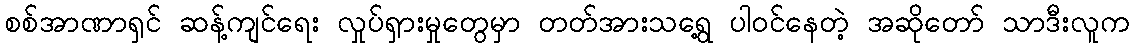
စစ်အာဏာရှင် ဆန့်ကျင်ရေး လှုပ်ရှားမှုတွေမှာ တတ်အားသရွေ့ ပါဝင်နေတဲ့ အဆိုတော် သာဒီးလူက